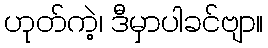
ဟုတ်ကဲ့၊ ဒီမှာပါခင်ဗျာ။